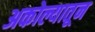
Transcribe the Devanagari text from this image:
अकोल्यातून